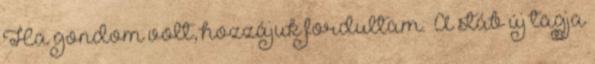
Ha gondom volt, hozzájuk fordultam.” A stáb új tagja